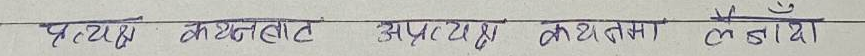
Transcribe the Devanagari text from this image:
प्रत्यक्ष करबांट अप्रत्यक्ष कर तर्फ बढायो